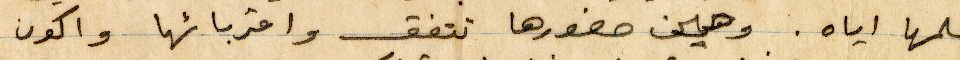
علمها إياه. وهي حضورها تتفق واقربائه واكون